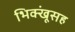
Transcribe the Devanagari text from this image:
भिक्खूंसह